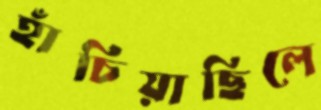
হাঁচিয়াছিলে